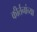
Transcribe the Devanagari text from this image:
कीर्तनांच्या